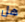
هل